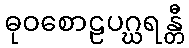
ဓုဝစောဠပဂ္ဃရန္တီ